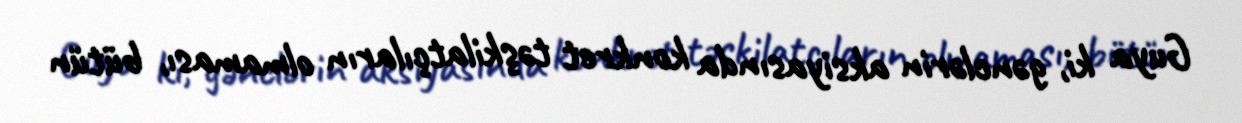
Guya ki, gənclərin aksiyasında konkret təşkilatçıların olmaması, bütün